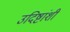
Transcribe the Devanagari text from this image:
उदिष्टांशी